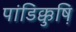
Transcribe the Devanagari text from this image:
पांडिक्कुष़ि